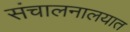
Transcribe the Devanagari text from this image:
संचालनालयात